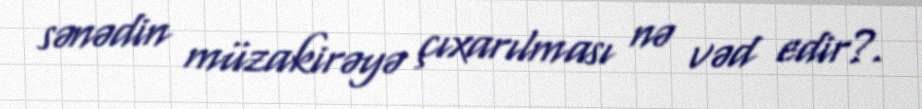
sənədin müzakirəyə çıxarılması nə vəd edir?.